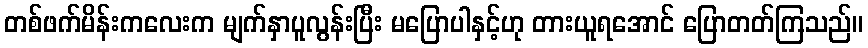
တစ်ဖက်မိန်းကလေးက မျက်နှာပူလွန်းပြီး မပြောပါနှင့်ဟု တားယူရအောင် ပြောတတ်ကြသည်။